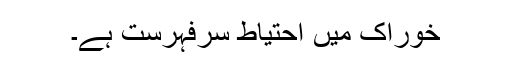
خوراک میں احتیاط سرفہرست ہے۔